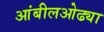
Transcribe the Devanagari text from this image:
आंबीलओढ्या